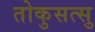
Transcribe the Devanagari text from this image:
तोकुसत्सु